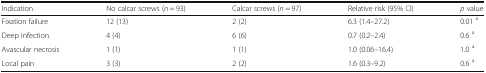
<table><thead><tr><td><b>Indication</b></td><td><b>No calcar screws (<i>n</i> = 93)</b></td><td><b>Calcar screws (<i>n</i> = 97)</b></td><td><b>Relative risk (95% CI)</b></td><td><b><i>p</i> value</b></td></tr></thead><tbody><tr><td>Fixation failure</td><td>12 (13)</td><td>2 (2)</td><td>6.3 (1.4–27.2)</td><td>0.01 <sup>a</sup></td></tr><tr><td>Deep infection</td><td>4 (4)</td><td>6 (6)</td><td>0.7 (0.2–2.4)</td><td>0.6 <sup>a</sup></td></tr><tr><td>Avascular necrosis</td><td>1 (1)</td><td>1 (1)</td><td>1.0 (0.06–16.4)</td><td>1.0 <sup>a</sup></td></tr><tr><td>Local pain</td><td>3 (3)</td><td>2 (2)</td><td>1.6 (0.3–9.2)</td><td>0.6 <sup>a</sup></td></tr></tbody></table>